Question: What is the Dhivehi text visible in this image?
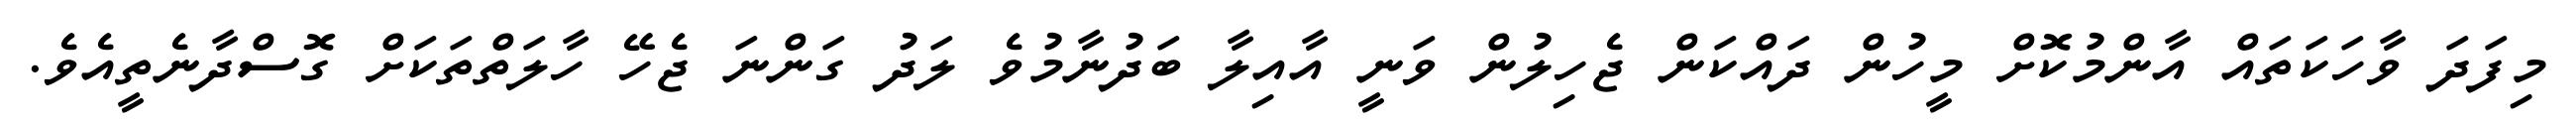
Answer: މިފަދަ ވާހަކަތައް އާންމުކޮށް މީހުން ދައްކަން ޖެހިލުން ވަނީ އާއިލާ ބަދުނާމުވެ ލަދު ގަންނަ ޖެހޭ ހާލަތްތަކަށް ގޮސްދާނެތީއެވެ.